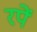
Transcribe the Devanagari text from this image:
रपें